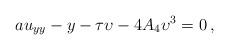
LaTeX: \begin{align*} a u_{{{y}}{{y}}} - {{y}} - {\tau} {\upsilon} -4 A_{4}{{\upsilon}}^{3}=0\, , \end{align*}